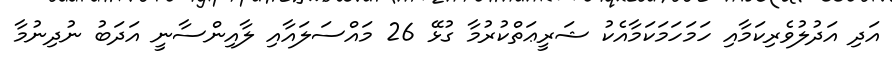
އަދި އަދުލުވެރިކަމާއި ހަމަހަމަކަމާއެކު ޝަރީޢަތްކުރުމާ ގުޅޭ 26 މައްސަލައާއި ލާއިންސާނީ އަދަބު ނުދިނުމާ